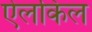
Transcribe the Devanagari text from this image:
ऐलकिल